Annual report of the Punjab Veterinary College and of the Civil Veterinary Department, Punjab - 1926-1932
Year: 1926
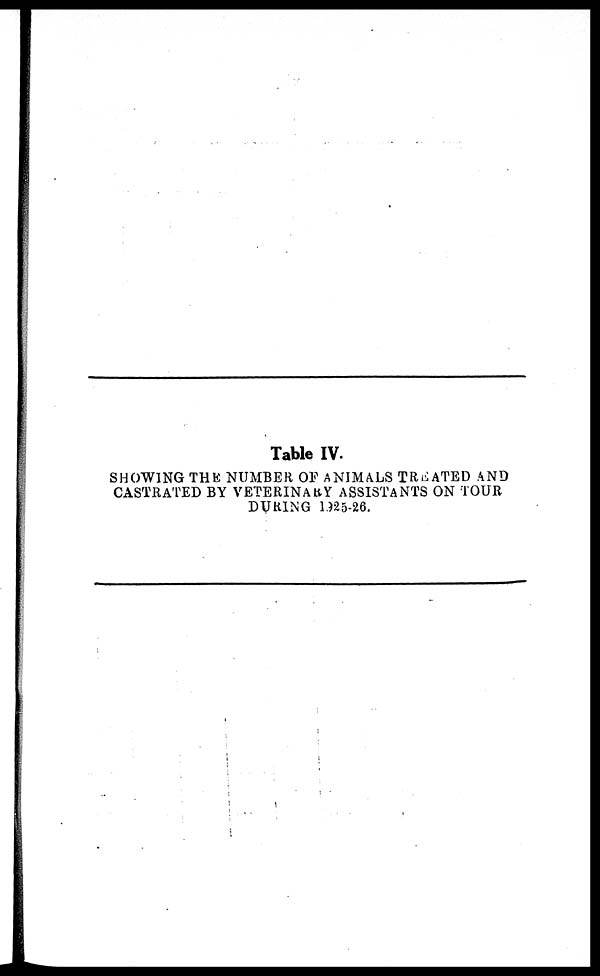
Table IV.
SHOWING THE NUMBER OF ANIMALS TREATED AND
CASTRATED BY VETERINARY ASSISTANTS ON TOUR
DURING 1925-26.